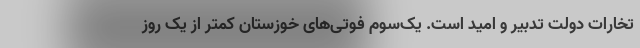
تخارات دولت تدبیر و امید است. یک‌سوم فوتی‌های خوزستان کمتر از یک روز